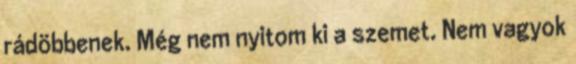
rádöbbenek. Még nem nyitom ki a szemet. Nem vagyok